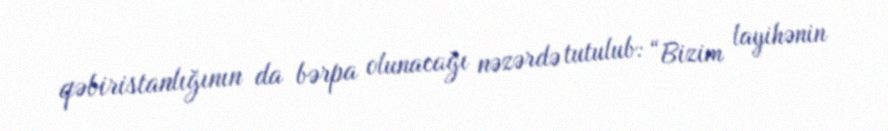
qəbiristanlığının da bərpa olunacağı nəzərdə tutulub: “Bizim layihənin